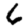
Digit: 6